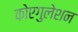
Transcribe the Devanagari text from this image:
कोएगुलेशन